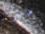
هيرلي